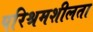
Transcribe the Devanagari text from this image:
परिश्रमशीलता